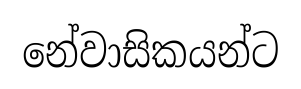
නේවාසිකයන්ට